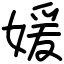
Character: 媛